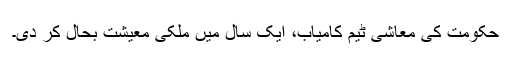
حکومت کی معاشی ٹیم کامیاب، ایک سال میں ملکی معیشت بحال کر دی۔